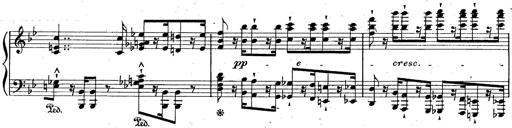
Title: La Marseillaise
Composer: Franz Liszt
Key: B-flat major